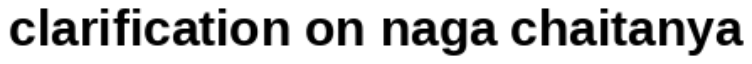
clarification on naga chaitanya